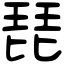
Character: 琵